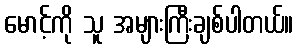
မောင့်ကို သူ အများကြီးချစ်ပါတယ်။